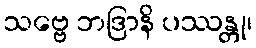
သဗ္ဗေ ဘဒြာနိ ပဿန္တု၊